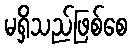
မရှိသည်ဖြစ်စေ